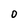
Character: O